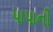
પાપાની